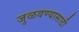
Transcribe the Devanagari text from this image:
जुळवण्यासाठी